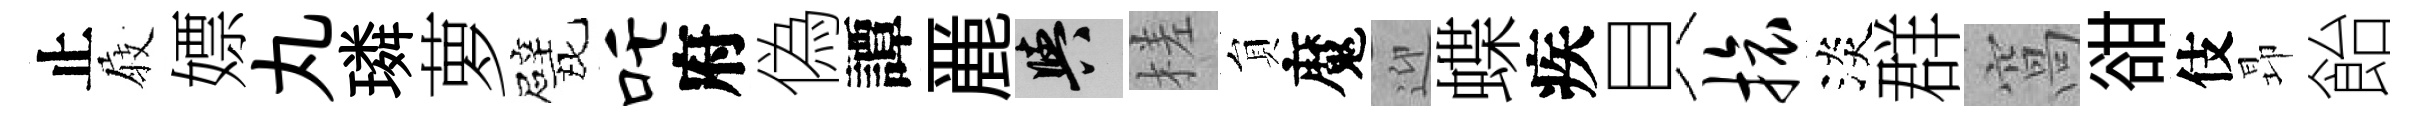
止𡲆嫖丸璘萝戏吒府偽譚䴡阳槎貟魔迎蝶疾貝旅淡群窩𧮳伎昻飴